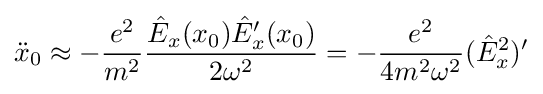
{\ddot {x}}_{0}\approx -{\frac {e^{2}}{m^{2}}}{\frac {{\hat {E}}_{x}(x_{0}){\hat {E}}_{x}'(x_{0})}{2\omega ^{2}}}=-{\frac {e^{2}}{4m^{2}\omega ^{2}}}({\hat {E}}_{x}^{2})'